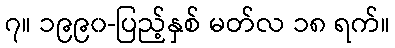
၇။ ၁၉၉၀-ပြည့်နှစ် မတ်လ ၁၈ ရက်။